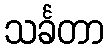
သင်္ခတာ